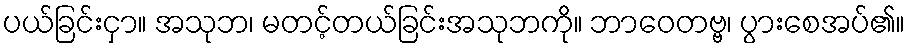
ပယ်ခြင်းငှာ။ အသုဘ၊ မတင့်တယ်ခြင်းအသုဘကို။ ဘာဝေတဗ္ဗ၊ ပွားစေအပ်၏။